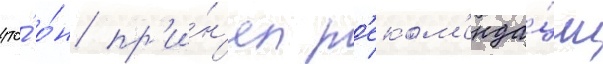
что́ о́н пр'и́н'ял р'еком'енда́ции